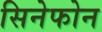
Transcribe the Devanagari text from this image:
सिनेफोन